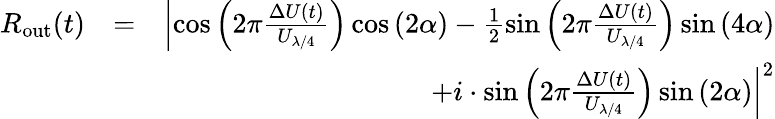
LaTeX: \begin{array}{rlr}{R_{\mathrm{out}}(t)}&{=}&{\left|\cos\left(2\pi\frac{\Delta U(t)}{U_{\lambda/4}}\right)\cos\left(2\alpha\right)-\frac{1}{2}\sin\left(2\pi\frac{\Delta U(t)}{U_{\lambda/4}}\right)\sin\left(4\alpha\right)\right.}\\ &{}&{\left.+i\cdot\sin\left(2\pi\frac{\Delta U(t)}{U_{\lambda/4}}\right)\sin\left(2\alpha\right)\right|^{2}}\end{array}